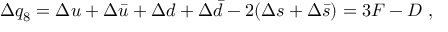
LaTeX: \Delta q _ { 8 } = \Delta u + \Delta \bar { u } + \Delta d + \Delta \bar { d } - 2 ( \Delta s + \Delta \bar { s } ) = 3 F - D ~ ,